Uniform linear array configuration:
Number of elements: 12
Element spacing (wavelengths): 1
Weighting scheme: binomial
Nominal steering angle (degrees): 60
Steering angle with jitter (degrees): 59.136
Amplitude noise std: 0.05
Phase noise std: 0.05

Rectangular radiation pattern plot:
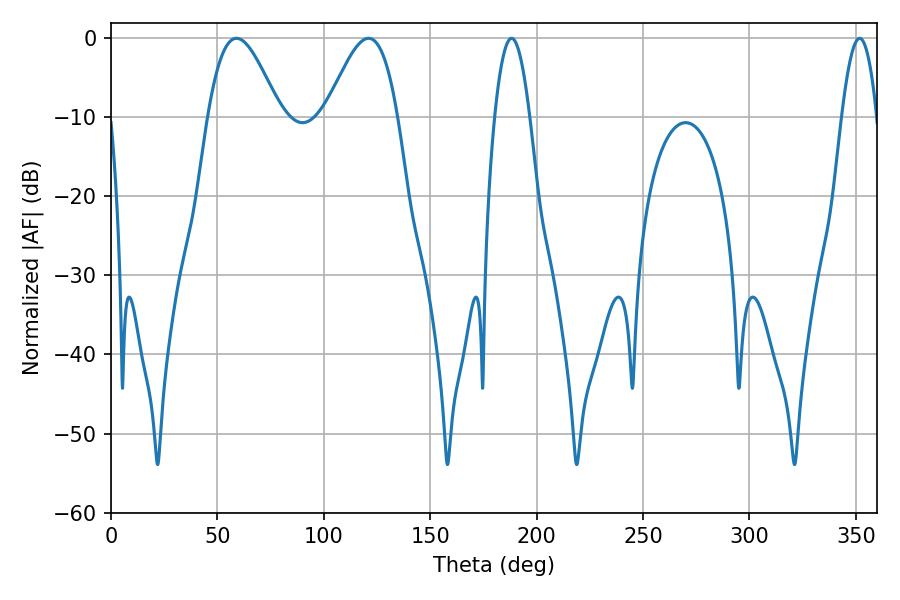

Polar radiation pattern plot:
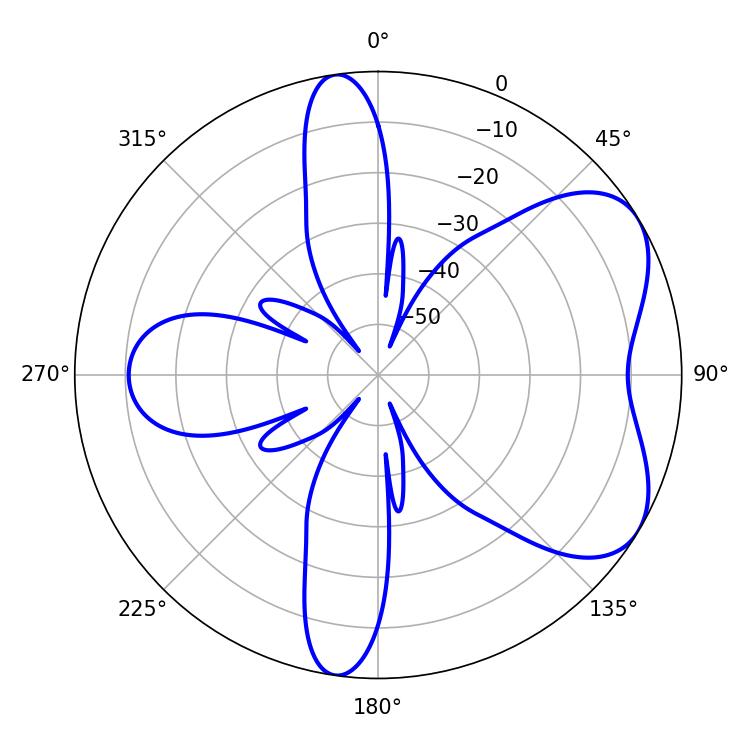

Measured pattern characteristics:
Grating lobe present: TRUE
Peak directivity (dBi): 5.644
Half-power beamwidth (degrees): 18
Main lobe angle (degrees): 59.04